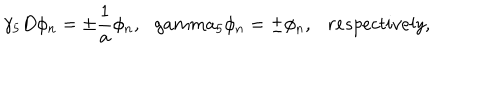
LaTeX: \gamma _ { 5 } D \phi _ { n } = \pm \frac { 1 } { a } \phi _ { n } , \ \ \, g a m m a _ { 5 } \phi _ { n } = \pm \phi _ { n } , \ \ \ r e s p e c t i v e l y ,